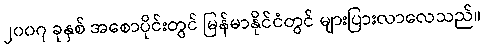
၂၀၀၇ ခုနှစ် အစောပိုင်းတွင် မြန်မာနိုင်ငံတွင် များပြားလာလေသည်။